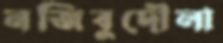
নজিবুদৌলা